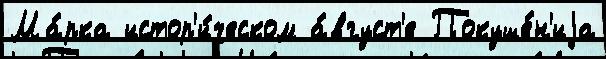
Ма́рка истор'и́ческом а́вгуст'е Покуше́н'иjа